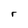
Character: r